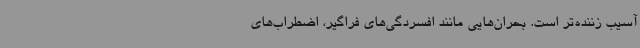
آسیب زننده‌تر است. بحران‌هایی مانند افسردگی‌های فراگیر، اضطراب‌های